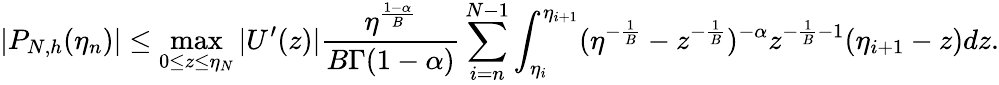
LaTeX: |P_{N,h}(\eta_{n})|\leq\operatorname*{max}_{0\leq z\leq\eta_{N}}|U^{\prime}(z)|\frac{\eta^{\frac{1-\alpha}{B}}}{B\Gamma(1-\alpha)}\sum_{i=n}^{N-1}\int_{\eta_{i}}^{\eta_{i+1}}(\eta^{-\frac{1}{B}}-z^{-\frac{1}{B}})^{-\alpha}z^{-\frac{1}{B}-1}(\eta_{i+1}-z)dz.